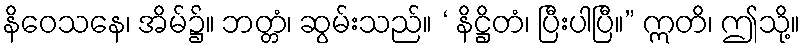
နိဝေသနေ၊ အိမ်၌။ ဘတ္တံ၊ ဆွမ်းသည်။ ‘ နိဋ္ဌိတံ၊ ပြီးပါပြီ။” ဣတိ၊ ဤသို့။